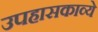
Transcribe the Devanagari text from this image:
उपहासकाव्ये